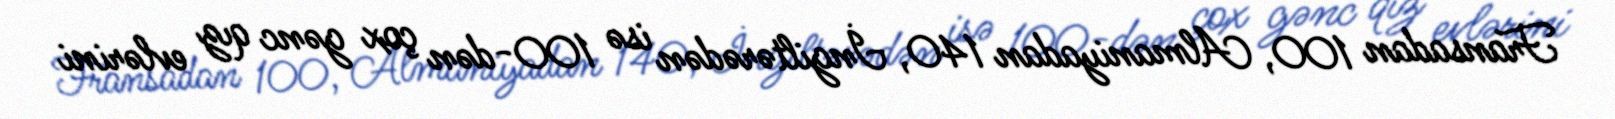
Fransadan 100, Almaniyadan 140, İngiltərədən isə 100-dən çox gənc qız evlərini